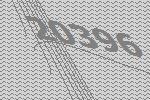
20396